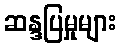
ဆန္ဒပြမှုများ